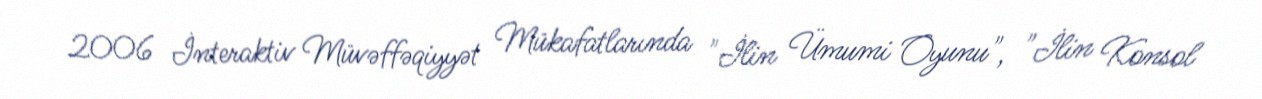
2006 İnteraktiv Müvəffəqiyyət Mükafatlarında "İlin Ümumi Oyunu", "İlin Konsol